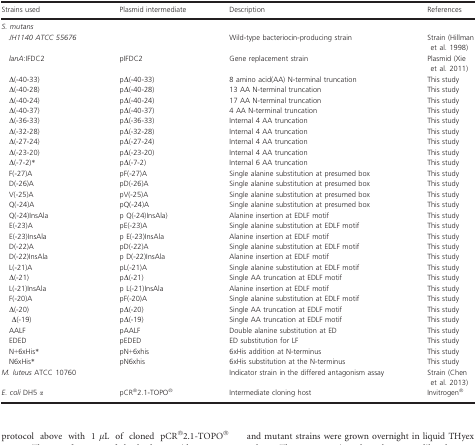
<table><thead><tr><td><b>Strains used</b></td><td><b>Plasmid intermediate</b></td><td><b>Description</b></td><td><b>References</b></td></tr></thead><tbody><tr><td><i>S. mutans</i></td><td></td><td></td><td></td></tr><tr><td> <i>JH1140 ATCC 55676</i></td><td></td><td>Wild-type bacteriocin-producing strain</td><td>Strain (Hillman et al. 1998)</td></tr><tr><td> <i>lanA</i>:IFDC2</td><td>pIFDC2</td><td>Gene replacement strain</td><td>Plasmid (Xie et al. 2011)</td></tr><tr><td> Δ(-40-33)</td><td>pΔ(-40-33)</td><td>8 amino acid(AA) N-terminal truncation</td><td>This study</td></tr><tr><td> Δ(-40-28)</td><td>pΔ(-40-28)</td><td>13 AA N-terminal truncation</td><td>This study</td></tr><tr><td> Δ(-40-24)</td><td>pΔ(-40-24)</td><td>17 AA N-terminal truncation</td><td>This study</td></tr><tr><td> Δ(-40-37)</td><td>pΔ(-40-37)</td><td>4 AA N-terminal truncation</td><td>This study</td></tr><tr><td> Δ(-36-33)</td><td>pΔ(-36-33)</td><td>Internal 4 AA truncation</td><td>This study</td></tr><tr><td> Δ(-32-28)</td><td>pΔ(-32-28)</td><td>Internal 4 AA truncation</td><td>This study</td></tr><tr><td> Δ(-27-24)</td><td>pΔ(-27-24)</td><td>Internal 4 AA truncation</td><td>This study</td></tr><tr><td> Δ(-23-20)</td><td>pΔ(-23-20)</td><td>Internal 4 AA truncation</td><td>This study</td></tr><tr><td> Δ(-7-2)*</td><td>pΔ(-7-2)</td><td>Internal 6 AA truncation</td><td>This study</td></tr><tr><td> F(-27)A</td><td>pF(-27)A</td><td>Single alanine substitution at presumed box</td><td>This study</td></tr><tr><td> D(-26)A</td><td>pD(-26)A</td><td>Single alanine substitution at presumed box</td><td>This study</td></tr><tr><td> V(-25)A</td><td>pV(-25)A</td><td>Single alanine substitution at presumed box</td><td>This study</td></tr><tr><td> Q(-24)A</td><td>pQ(-24)A</td><td>Single alanine substitution at presumed box</td><td>This study</td></tr><tr><td> Q(-24)InsAla</td><td>p Q(-24)InsAla)</td><td>Alanine insertion at EDLF motif</td><td>This study</td></tr><tr><td> E(-23)A</td><td>pE(-23)A</td><td>Single alanine substitution at EDLF motif</td><td>This study</td></tr><tr><td> E(-23)InsAla</td><td>p E(-23)InsAla</td><td>Alanine insertion at EDLF motif</td><td>This study</td></tr><tr><td> D(-22)A</td><td>pD(-22)A</td><td>Single alanine substitution at EDLF motif</td><td>This study</td></tr><tr><td> D(-22)InsAla</td><td>p D(-22)InsAla</td><td>Alanine insertion at EDLF motif</td><td>This study</td></tr><tr><td> L(-21)A</td><td>pL(-21)A</td><td>Single alanine substitution at EDLF motif</td><td>This study</td></tr><tr><td> Δ(-21)</td><td>pΔ(-21)</td><td>Single AA truncation at EDLF motif</td><td>This study</td></tr><tr><td> L(-21)InsAla</td><td>p L(-21)InsAla</td><td>Alanine insertion at EDLF motif</td><td>This study</td></tr><tr><td> F(-20)A</td><td>pF(-20)A</td><td>Single alanine substitution at EDLF motif</td><td>This study</td></tr><tr><td> Δ(-20)</td><td>pΔ(-20)</td><td>Single AA truncation at EDLF motif</td><td>This study</td></tr><tr><td>Δ(-19)</td><td>pΔ(-19)</td><td>Single AA truncation at EDLF motif</td><td>This study</td></tr><tr><td> AALF</td><td>pAALF</td><td>Double alanine substitution at ED</td><td>This study</td></tr><tr><td> EDED</td><td>pEDED</td><td>ED substitution for LF</td><td>This study</td></tr><tr><td> N+6xHis*</td><td>pN+6xhis</td><td>6xHis addition at N-terminus</td><td>This study</td></tr><tr><td> N6xHis*</td><td>pN6xhis</td><td>6xHis substitution at the N-terminus</td><td>This study</td></tr><tr><td><i>M. luteus</i> ATCC 10760</td><td></td><td>Indicator strain in the differed antagonism assay</td><td>Strain (Chen et al. 2013)</td></tr><tr><td><i>E. coli</i> DH5 <i>α</i></td><td>pCR®2.1-TOPO®</td><td>Intermediate cloning host</td><td>Invitrogen®</td></tr></tbody></table>